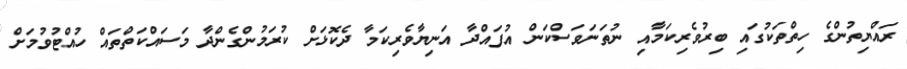
ރައްޔިތުންގެ ހިތްތަކުގައި ބިރުވެރިކަމާއި ނުތަނަވަސްކަން އުފައްދާ އަނިޔާވެރިކަމާ ދެކޮޅަށް ކުރަމުންގެންދާ މަސައްކަތްތައް ހުއްޓުވުމަށް